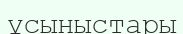
ұсыныстары